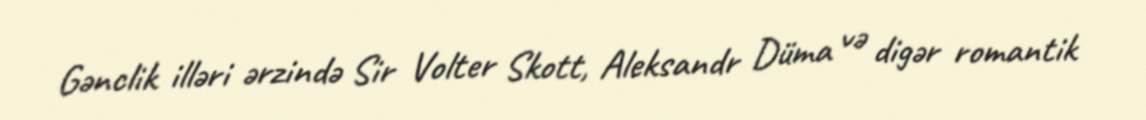
Gənclik illəri ərzində Sir Volter Skott, Aleksandr Düma və digər romantik